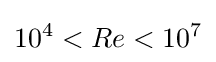
10^{4}<Re<10^{7}